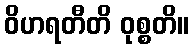
ဝိဟရတီတိ ဝုစ္စတိ။